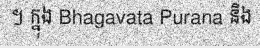
។ ក្នុង Bhagavata Purana និង